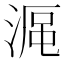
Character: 𣸰